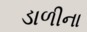
ડાળીના